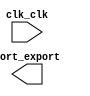

module nios_cpu (
	clk_clk,
	port_export);	

	input		clk_clk;
	output	[31:0]	port_export;
endmodule